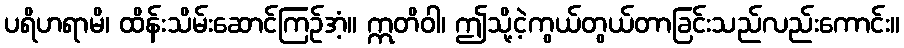
ပရိဟရာမိ၊ ထိန်းသိမ်းဆောင်ကြဉ်အံ့။ ဣတိဝါ၊ ဤသို့ငဲ့ကွယ်တွယ်တာခြင်းသည်လည်းကောင်း။